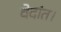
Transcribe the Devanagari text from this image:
वेदांत।